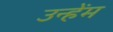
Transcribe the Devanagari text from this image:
उन्हेंम